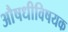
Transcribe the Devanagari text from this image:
औषधीविषयक